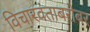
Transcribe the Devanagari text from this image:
विचारवंताबरोबर